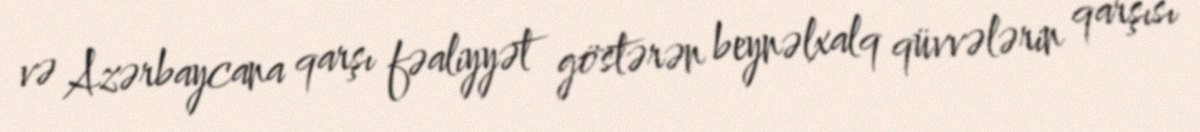
və Azərbaycana qarşı fəaliyyət göstərən beynəlxalq qüvvələrin qarşısı